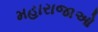
મહારાજાઓ